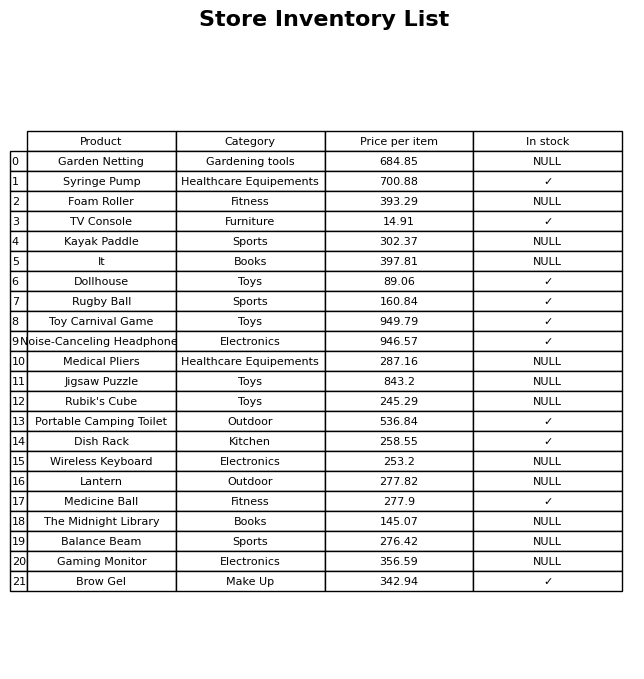
question: What is the price for Noise-Canceling Headphones?
answer: The price of Noise-Canceling Headphones is 946.57.